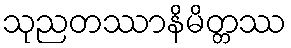
သုညတဿာနိမိတ္တဿ